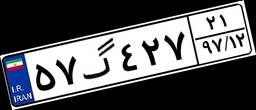
۵۷گ۴۲۷۲۱